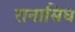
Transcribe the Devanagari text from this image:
रानासिंघे